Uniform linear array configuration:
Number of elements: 8
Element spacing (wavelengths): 1
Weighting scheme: exponential
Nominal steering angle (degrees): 30
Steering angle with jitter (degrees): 30.999
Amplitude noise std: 0.05
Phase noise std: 0.05

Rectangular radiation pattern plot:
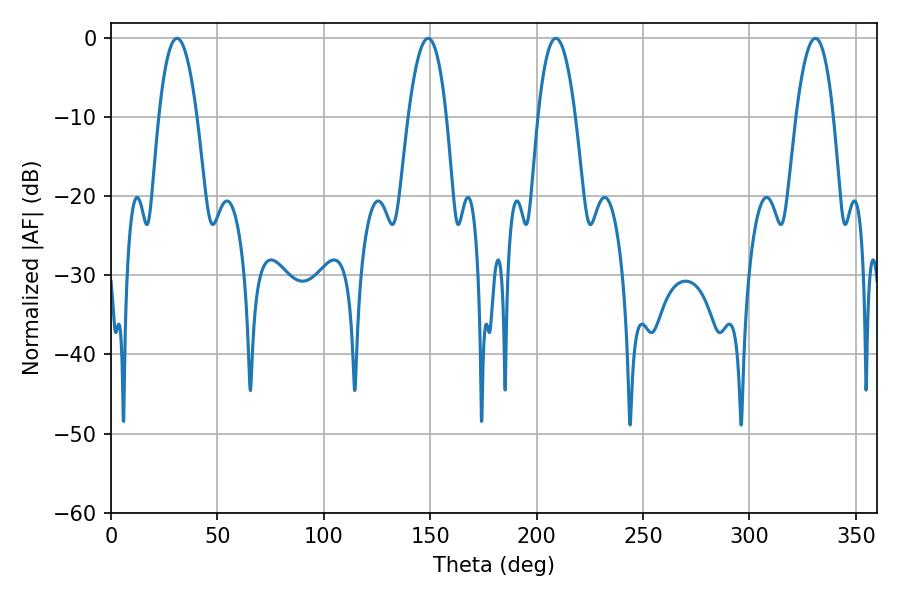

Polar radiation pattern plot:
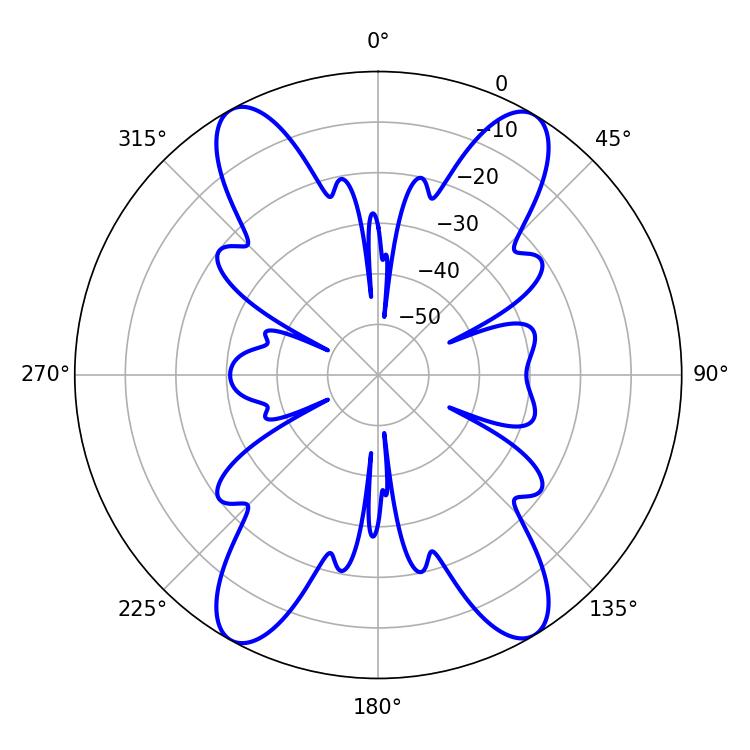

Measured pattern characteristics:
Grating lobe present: TRUE
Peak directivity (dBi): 21.133
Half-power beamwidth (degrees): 9.72
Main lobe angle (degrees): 208.98